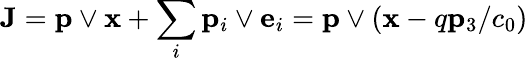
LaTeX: {\mathbf J}={\mathbf p}\vee{\mathbf x}+\sum_{i}{\mathbf p}_{i}\vee{\mathbf e}_{i}={\mathbf p}\vee({\mathbf x}-q{\mathbf p}_{3}/c_{0})